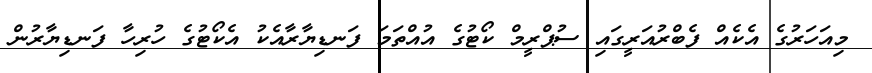
މިއަހަރުގެ އެކެއް ފެބްރުއަރީގައި ސުޕްރީމް ކޯޓުގެ އުއްތަމަ ފަނޑިޔާރާއެކު އެކޯޓުގެ ހުރިހާ ފަނޑިޔާރުން